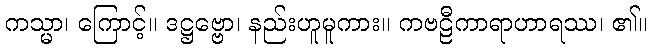
ကသ္မာ၊ ကြောင့်။ ဒဋ္ဌဗ္ဗော၊ နည်းဟူမူကား။ ကဗဠီကာရာဟာရဿ၊ ၏။